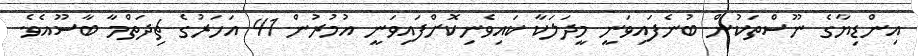
އިންޑިިޔާގެ ނޫސްތަކުން ބުނެފައިވަނީ މީދަލަކާ ކައިވެނިކޮށްފައިވަނީ އުމުރުން 41 އަހަރުގެ ޗިދަތްމާ ބާސޫއެވެ.